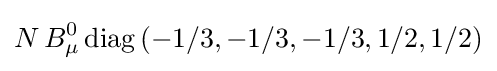
N\,B_{\mu }^{0}\operatorname {diag} \left(-1/3,-1/3,-1/3,1/2,1/2\right)